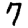
Digit: 7